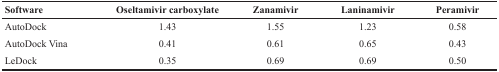
| Software | Oseltamivir carboxylate | Zanamivir | Laninamivir | Peramivir |
 | --- | --- | --- | --- | --- |
 | AutoDock | 1.43 | 1.55 | 1.23 | 0.58 |
 | AutoDock Vina | 0.41 | 0.61 | 0.65 | 0.43 |
 | LeDock | 0.35 | 0.69 | 0.69 | 0.50 |